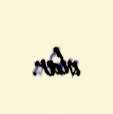
olar.